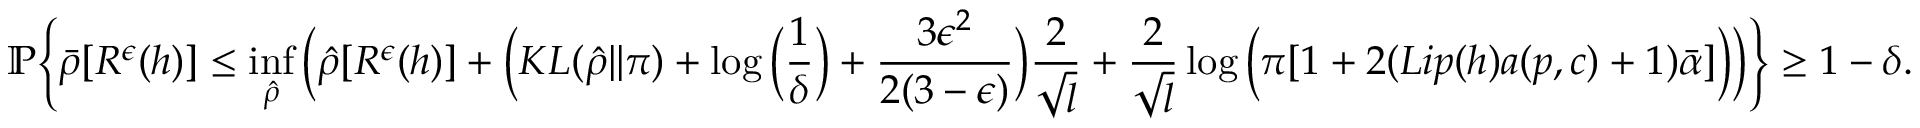
\small \mathbb { P } \Bigg \{ \bar { \rho } [ R ^ { \epsilon } ( h ) ] \leq \operatorname* { i n f } _ { \hat { \rho } } \Big ( \hat { \rho } [ R ^ { \epsilon } ( h ) ] + \Big ( K L ( \hat { \rho } | | \pi ) + \log \Big ( \frac { 1 } { \delta } \Big ) + \frac { 3 \epsilon ^ { 2 } } { 2 ( 3 - \epsilon ) } \Big ) \frac { 2 } { \sqrt { l } } + \frac { 2 } { \sqrt { l } } \log \Big ( \pi [ 1 + 2 ( L i p ( h ) a ( p , c ) + 1 ) \bar { \alpha } ] \Big ) \Big ) \Bigg \} \geq 1 - \delta .